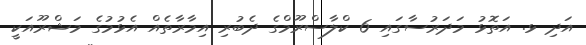
އަދި ޅ. އަތޮޅު މަދަރުސާގައި 6 ކްލާސްރޫމްގެ ދެބުރި އިމާރާތެއް އެޅުމުގެ މަޝްރޫއަކީ